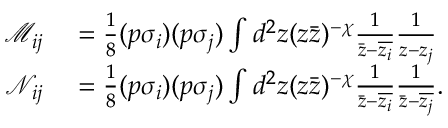
\begin{array} { r l } { \mathcal M _ { i j } } & { { } = \frac { 1 } { 8 } ( p \sigma _ { i } ) ( p \sigma _ { j } ) \int d ^ { 2 } z ( z \bar { z } ) ^ { - \chi } \frac { 1 } { \bar { z } - \overline { { z _ { i } } } } \frac { 1 } { z - z _ { j } } } \\ { \mathcal N _ { i j } } & { { } = \frac { 1 } { 8 } ( p \sigma _ { i } ) ( p \sigma _ { j } ) \int d ^ { 2 } z ( z \bar { z } ) ^ { - \chi } \frac { 1 } { \bar { z } - \overline { { z _ { i } } } } \frac { 1 } { \bar { z } - \overline { { z _ { j } } } } . } \end{array}